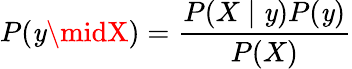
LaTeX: P(\mathit{y}\midX)=\frac{{P(X\mid\mathit{y})P(\mathit{y})}}{{P(X)}}